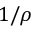
1 / \rho